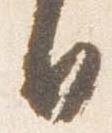
日